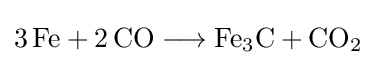
{3\,\mathrm {Fe} {}+{}2\,\mathrm {CO} {}\mathrel {\longrightarrow } {}\mathrm {Fe} {\vphantom {A}}_{\smash[{t}]{3}}\mathrm {C} {}+{}\mathrm {CO} {\vphantom {A}}_{\smash[{t}]{2}}}